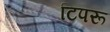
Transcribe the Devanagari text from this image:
टिपरू